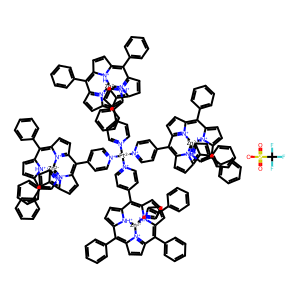
SMILES: C1=CC2=[N+]3C1=C(c1ccccc1)C1=CC=C4C(c5cc[n+]([Pt-2]([n+]6ccc(C7=C8C=CC9=[N+]8[Zn-2]8%10[N+]%11=C(C=CC%11=C(c%11ccccc%11)C%11=CC=C7[NH+]%118)C(c7ccccc7)=C7C=CC(=C9c8ccccc8)[NH+]7%10)cc6)([n+]6ccc(C7=C8C=CC9=C(c%10ccccc%10)C%10=[N+]%11C(=C(c%12ccccc%12)C%12=CC=C%13C(c%14ccccc%14)=C%14C=CC7=[N+]%14[Zn-2]%11([NH+]%12%13)[NH+]98)C=C%10)cc6)[n+]6ccc(C7=C8C=CC9=C(c%10ccccc%10)C%10=[N+]%11C(=C(c%12ccccc%12)C%12=CC=C%13C(c%14ccccc%14)=C%14C=CC7=[N+]%14[Zn-2]%11([NH+]%12%13)[NH+]98)C=C%10)cc6)cc5)=C5C=CC6=[N+]5[Zn-2]3([NH+]14)[NH+]1C(=C2c2ccccc2)C=CC1=C6c1ccccc1.O=S(=O)([O-])C(F)(F)F
Inhibits HIV replication: No